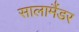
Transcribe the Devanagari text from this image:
सालामैंडर